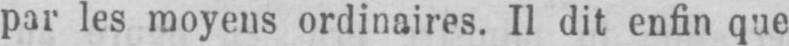
par les moyens ordinaires. Il dit enfin que